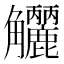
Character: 𧥗